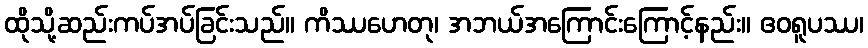
ထိုသို့ဆည်းကပ်အပ်ခြင်းသည်။ ကိဿဟေတု၊ အဘယ်အကြောင်းကြောင့်နည်း။ ဧဝရူပဿ၊